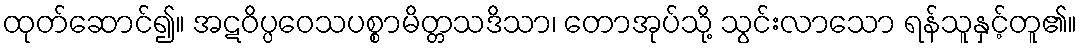
ထုတ်ဆောင်၍။ အဋဝိပ္ပဝေသပစ္စာမိတ္တသဒိသာ၊ တောအုပ်သို့ သွင်းလာသော ရန်သူနှင့်တူ၏။